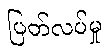
ပြတ်လပ်မှု